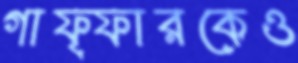
গাফ্ফারকেও